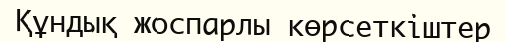
Құндық жоспарлы көрсеткіштер